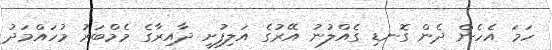
ހަމަ އެހެން ދެން ގޮނޑި ގެއްލުނު އޭރުގެ އަލިފުށީ ދާއިރާގެ މެމްބަރު މުހައްމަދު